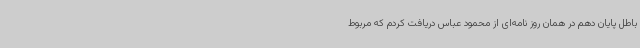
باطل پایان دهم در همان روز نامه‌ای از محمود عباس دریافت کردم که مربوط